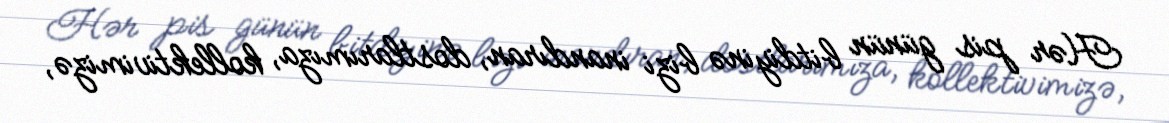
Hər pis günün bitdiyinə bizi inandıran, dostlarımıza, kollektivimizə,